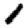
Digit: 1